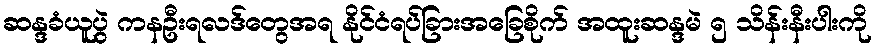
ဆန္ဒခံယူပွဲ ကနဦးရလဒ်တွေအရ နိုင်ငံရပ်ခြားအခြေစိုက် အထူးဆန္ဒမဲ ၅ သိန်းနီးပါးကို